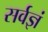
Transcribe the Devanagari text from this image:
सर्वज्ञं